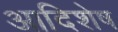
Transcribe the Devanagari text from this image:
आदिशेष